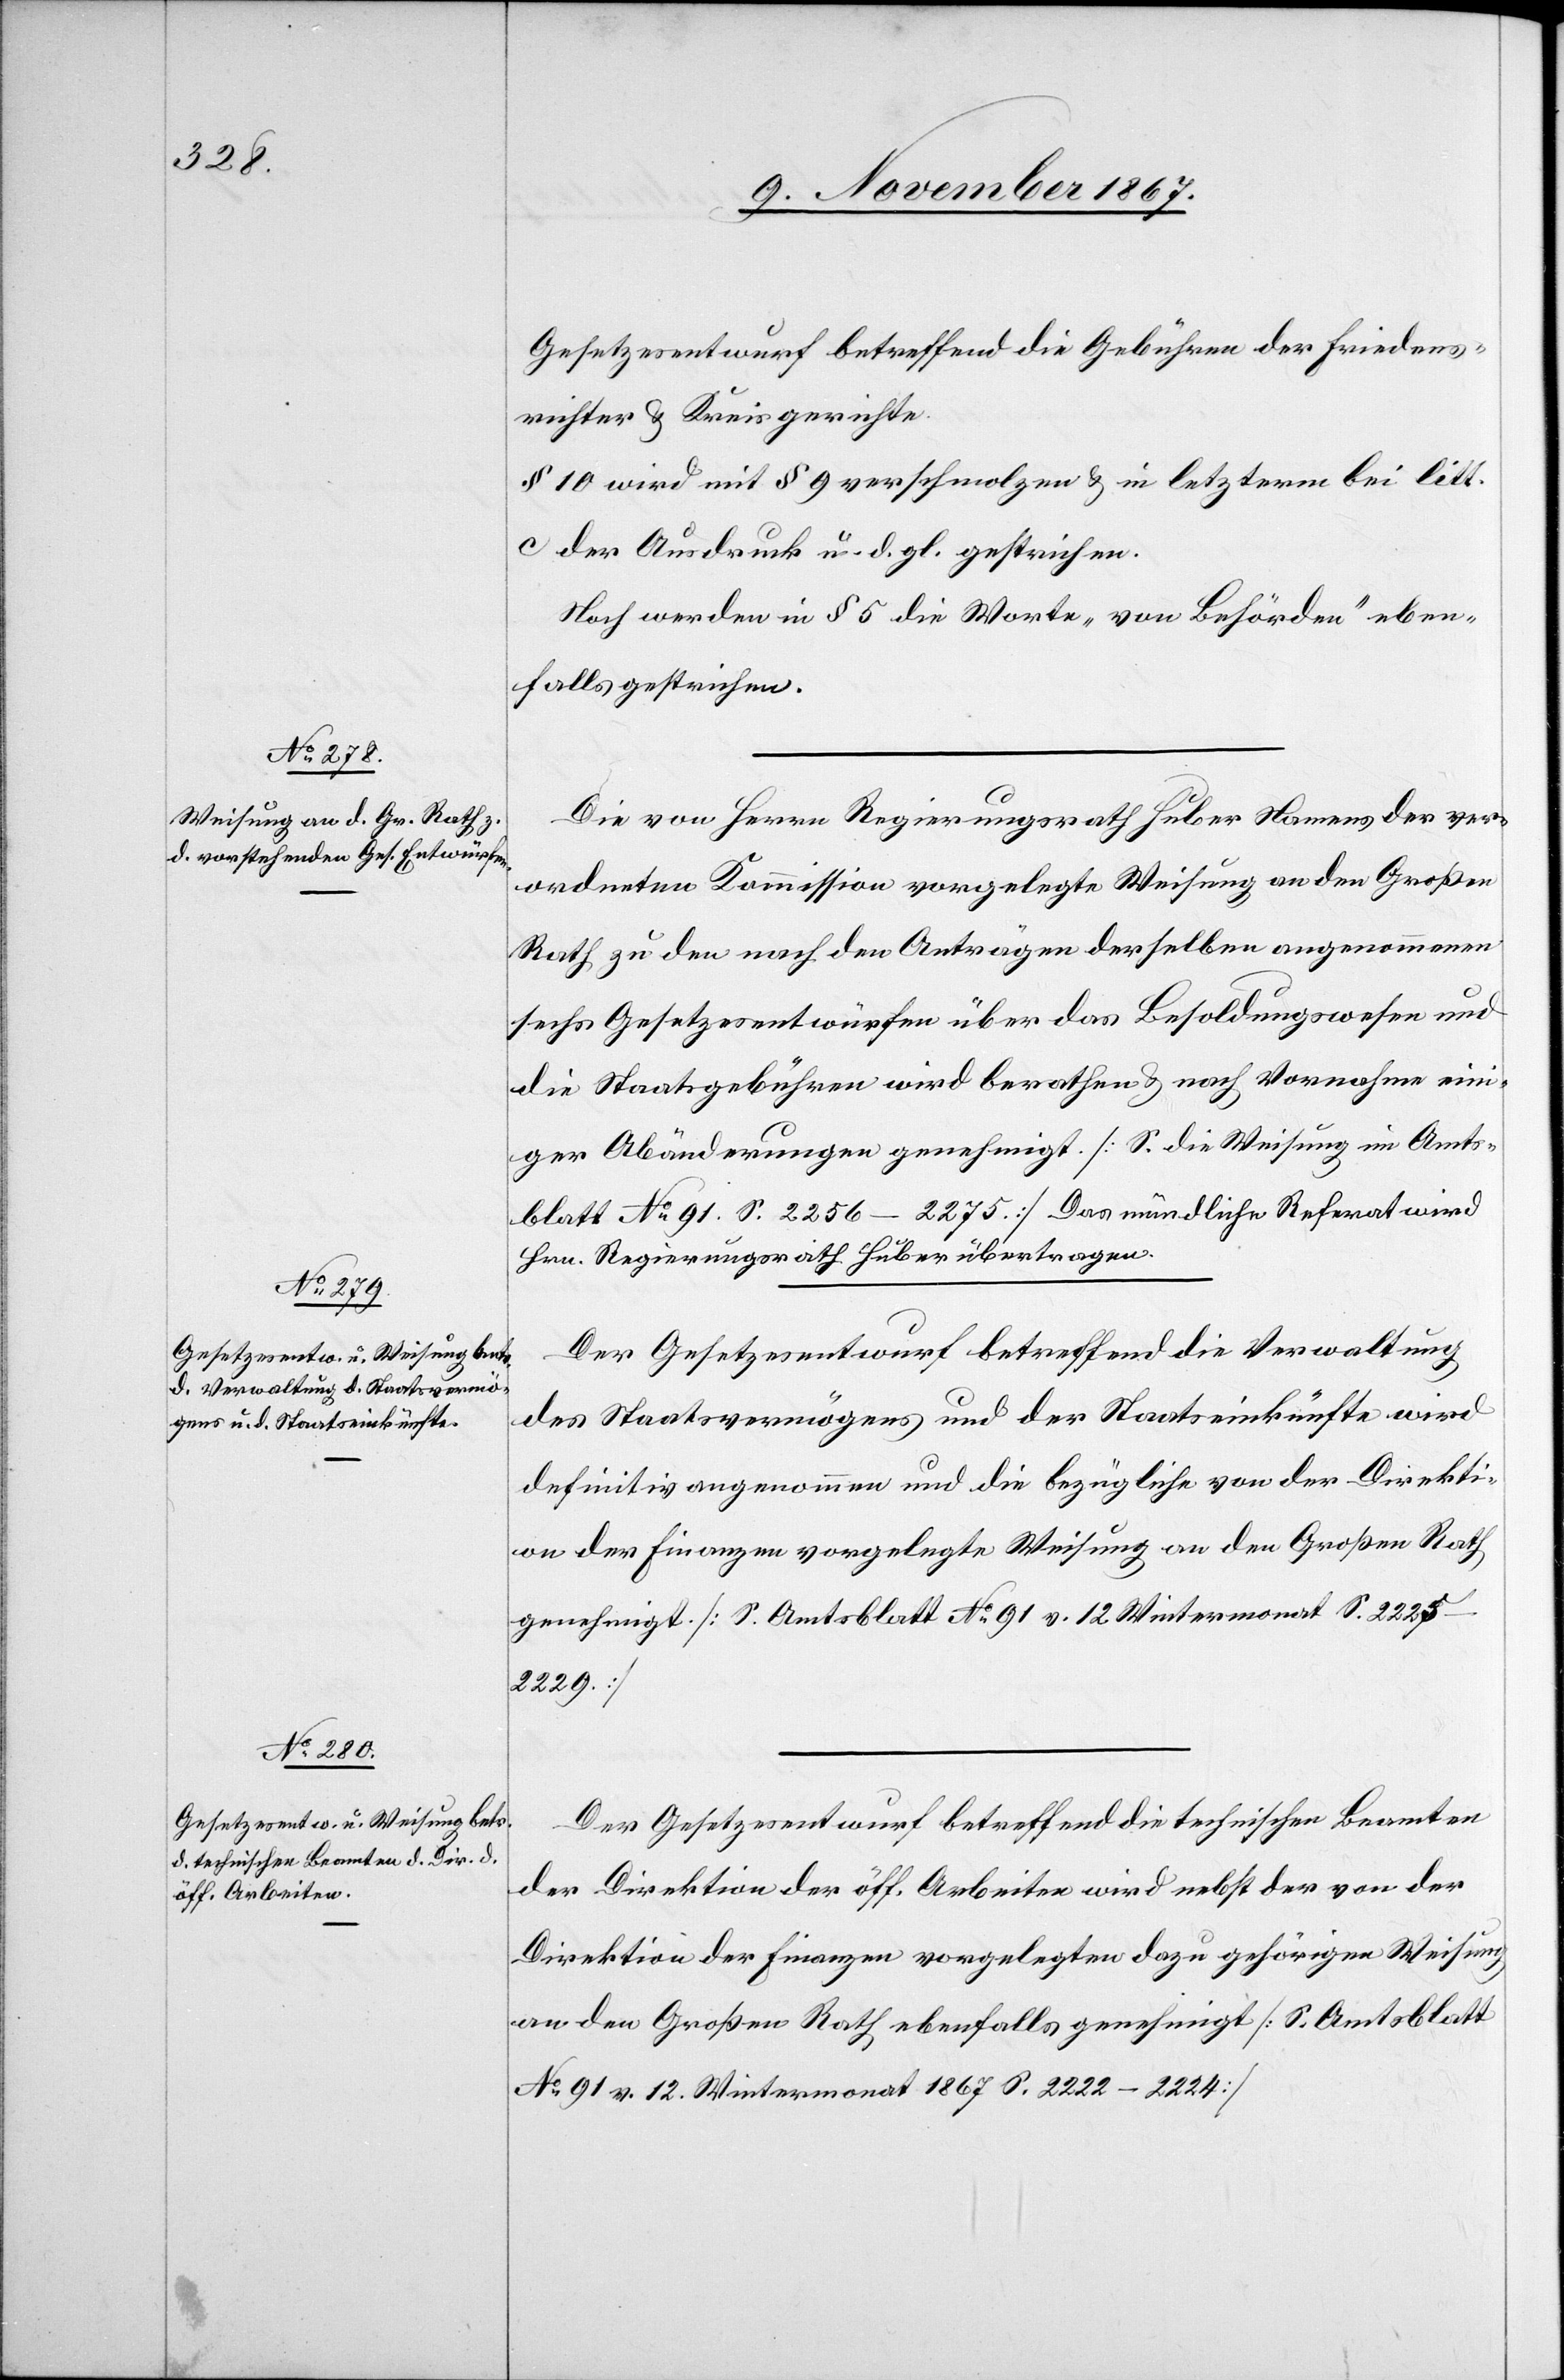
Gesetzesentwurf betreffend die Gebühren der Friedens¬
richter u. Kreisgerichte.
§ 10 wird mit § 9 verschmolzen u. in letzterm bei litt.
c der Ausdruck u. d. gl. gestrichen.
Noch werden in § 5 die Worte „von Behörden“ eben¬
falls gestrichen.
Die von Herrn Regierungsrath Huber Namens der ver¬
ordneten Kommission vorgelegte Weisung an den Großen
Rath zu den nach den Anträgen derselben angenommenen
sechs Gesetzesentwürfen über das Besoldungswesen und
die Staatsgebühren wird berathen u. nach Vornahme ein¬
iger Abänderungen genehmigt. [S. die Weisung im Amts¬
blatt No. 91 S. 2256–2275.] Das mündliche Referat wird
Hrn. Regierungsrath Huber übertragen.
Der Gesetzesentwurf betreffend die Verwaltung
des Staatsvermögens und der Staateinkünfte wird
definitiv angenommen und die bezügliche von der Direkti¬
on der Finanzen vorgelegte Weisung an den Großen Rath
genehmigt. [S. Amtsblatt No 91 v. 12 Wintermonat S.
Der Gesetzesentwurf betreffend die technischen Beamten
der Direktion der öff. Arbeiten wird nebst der von der
Direktion der Finanzen vorgelegten dazu gehörigen Weisung
an den Großen Rath ebenfalls genehmigt [S. Amtsblatt
No. 91 v. 12. Wintermonat 1867 S. 2222–2224]